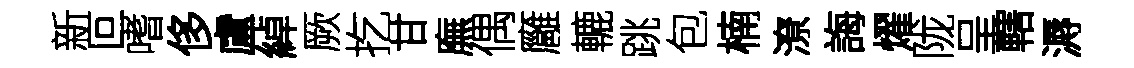
新叵嗜侈盧綽厥扢甘廡偶廱轆跳包楠潦誨燿陇呈轄溽